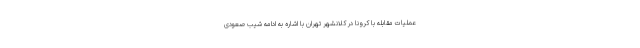
عملیات مقابله با کرونا در کلانشهر تهران با اشاره به ادامه شیب صعودی